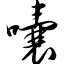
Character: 囔